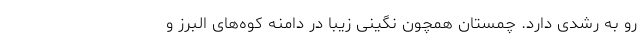
رو به رشدی دارد. چمستان همچون نگینی زیبا در دامنه کوه‌­های البرز و